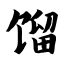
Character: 馏